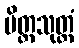
မိတ္တသုတ္တံ